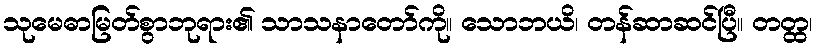
သုမေဓာမြတ်စွာဘုရား၏ သာသနာတော်ကို။ သောဘယိ၊ တန်ဆာဆင်ပြီ။ တတ္ထ၊